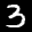
Label: 3